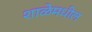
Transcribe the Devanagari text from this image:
शाळेमधील